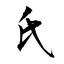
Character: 氏